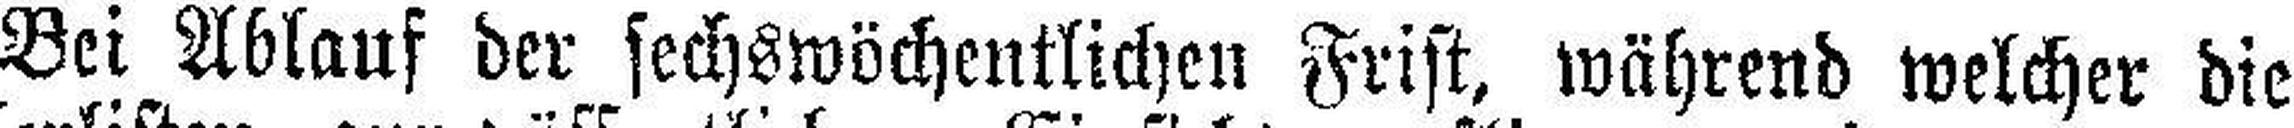
Bei Ablauf der sechswöchentlichen Frist, während welcher die